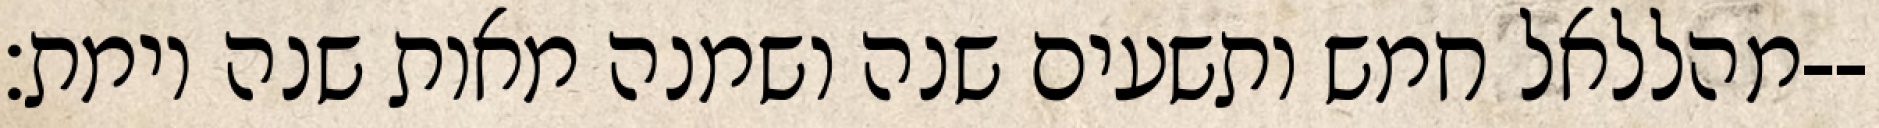
מהללאל חמש ותשעים שנה ושמנה מאות שנה וימת׃--